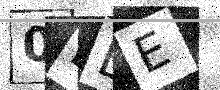
Text: 0EEE